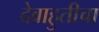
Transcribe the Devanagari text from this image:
देवाहुतीचा